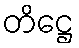
တိဋ္ဌေ